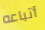
أتباعه